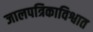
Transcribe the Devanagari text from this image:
जालपत्रिकाविश्वात